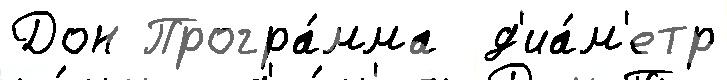
Дон Програ́мма  д'иа́м'етр